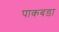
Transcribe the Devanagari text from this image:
पाकबड़ा